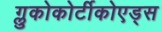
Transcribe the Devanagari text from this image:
ग्लुकोकोर्टीकोएड्स